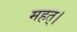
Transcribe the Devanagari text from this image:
महत्।